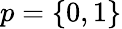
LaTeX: p=\{ 0,1\}